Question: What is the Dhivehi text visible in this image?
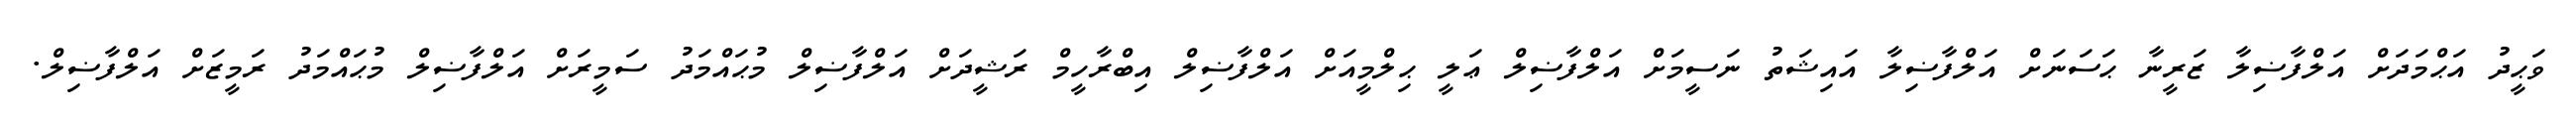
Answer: ވަޙީދު އަޙްމަދަށް އަލްފާޟިލާ ޒަރީނާ ޙަސަނަށް އަލްފާޟިލާ އައިޝަތު ނަސީމަށް އަލްފާޟިލް ޢަލީ ޙިލްމީއަށް އަލްފާޟިލް އިބްރާހީމް ރަޝީދަށް އަލްފާޟިލް މުޙައްމަދު ސަމީރަށް އަލްފާޟިލް މުޙައްމަދު ރަމީޒަށް އަލްފާޟިލް.